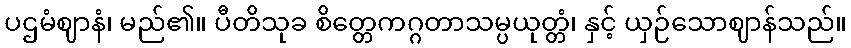
ပဌမံဈာနံ၊ မည်၏။ ပီတိသုခ စိတ္တေကဂ္ဂတာသမ္ပယုတ္တံ၊ နှင့် ယှဉ်သောဈာန်သည်။